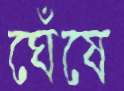
ঘেঁষে